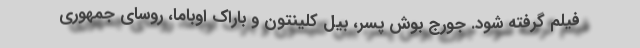
فیلم گرفته شود. جورج بوش پسر، بیل کلینتون و باراک اوباما، روسای جمهوری